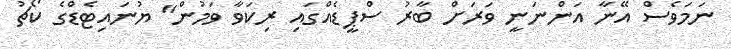
ނަމަވެސް އޭނާ އަންނަނީ ވަރަށް ބާރު ސްޕީޑެއްގައި ރިކަވާ ވަމުން" ޔުނައިޓެޑްގެ ކޯޗު